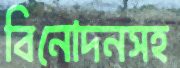
বিনোদনসহ